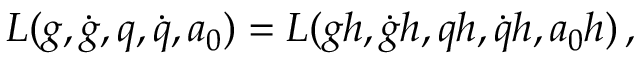
\begin{array} { r } { L ( g , \dot { g } , q , \dot { q } , a _ { 0 } ) = L ( g h , \dot { g } h , q h , \dot { q } h , a _ { 0 } h ) \, , } \end{array}